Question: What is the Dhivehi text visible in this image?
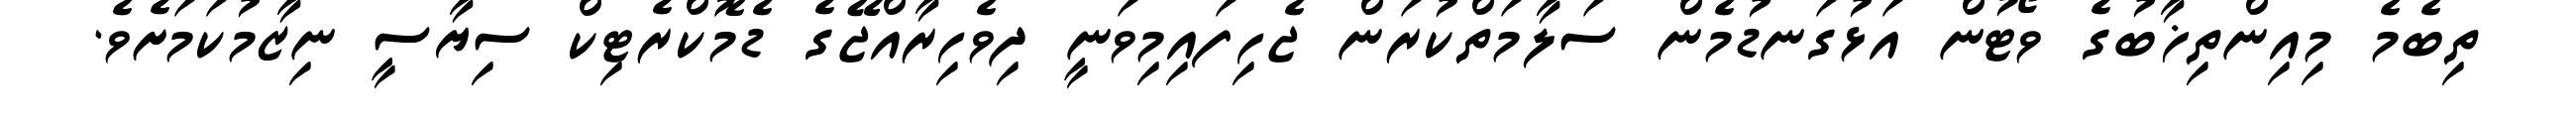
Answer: ތިބެމެ މިއިންތިޚާބުގެ ވޯޓުން އަޅުގަނޑުމެން ސަލާމަތްކުރަން ޖެހިފައިމިވަނީ ދިވެހިރާއްޖޭގެ ޑެމޮކްރެޓިކް ސިޔާސީ ނިޒާމުކަމަށެވެ.